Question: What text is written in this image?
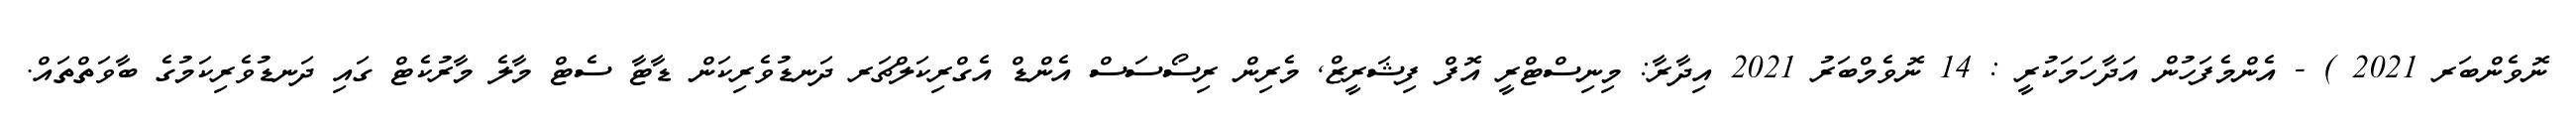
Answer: ނޮވެންބަރ 2021 ) - އެންމެފަހުން އަދާހަމަކުރީ : 14 ނޮވެމްބަރު 2021 އިދާރާ: މިނިސްޓްރީ އޮފް ފިޝަރީޒް, މެރިން ރިސޯސަސް އެންޑް އެގްރިކަލްޗަރ ދަނޑުވެރިކަން ޑާޓާ ސެޓް މާލެ މާރުކެޓް ގައި ދަނޑުވެރިކަމުގެ ބާވަތްތައް.